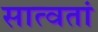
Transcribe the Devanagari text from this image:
सात्वतां